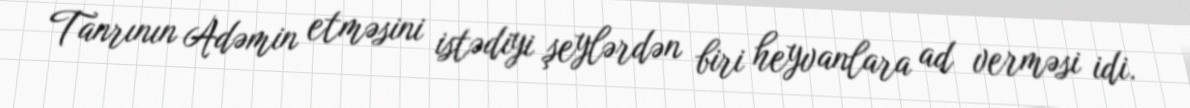
Tanrının Adəmin etməsini istədiyi şeylərdən biri heyvanlara ad verməsi idi.